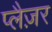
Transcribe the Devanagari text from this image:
प्लैज़र